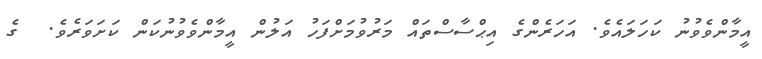
އީމާންވެވުނު ކަހަލައެވެ. އަހަރެންގެ އިޙްސާސްތައް މަރުވުމަށްފަހު އަލުން އީމާންވެވުނުކަން ކަށަވަރެވެ.  ގެ